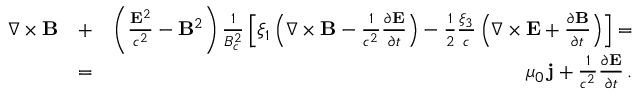
\begin{array} { r l r } { \nabla \times { \bf B } } & { + } & { \left( \frac { { \bf E } ^ { 2 } } { c ^ { 2 } } - { \bf B } ^ { 2 } \right) \frac { 1 } { B _ { c } ^ { 2 } } \left[ \xi _ { 1 } \left( \nabla \times { \bf B } - \frac { 1 } { c ^ { 2 } } \frac { \partial { \bf E } } { \partial t } \right) - \frac { 1 } { 2 } \frac { \xi _ { 3 } } { c } \left( \nabla \times { \bf E } + \frac { \partial { \bf B } } { \partial t } \right) \right] = } \\ & { = } & { \mu _ { 0 } \, { \bf j } + \frac { 1 } { c ^ { 2 } } \frac { \partial { \bf E } } { \partial t } \, . } \end{array}